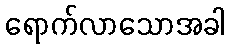
ရောက်လာသောအခါ